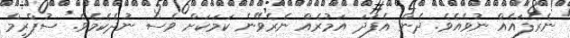
ނެރެފައެއް ނުވެއެވެ. ދެން އެފަދަ އަމުރެއް ނެރެވޭނެ ކަމަކަށް ވެސް ނުދެކެމެވެ. ސުޕްރީމް